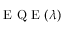
\mathrm { ~ E ~ Q ~ E ~ } ( \lambda )